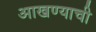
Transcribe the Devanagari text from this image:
आखण्याची